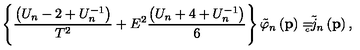
\left\{ \frac { \left( U _ { n } - 2 + U _ { n } ^ { - 1 } \right) } { T ^ { 2 } } + E ^ { 2 } \frac { \left( U _ { n } + 4 + U _ { n } ^ { - 1 } \right) } 6 \right\} \tilde { \varphi } _ { n } \left( \mathbf { p } \right) = { } _ { { } _ { \! \! \! \! \! \! \! c } } \tilde { j } _ { n } \left( \mathbf { p } \right) ,